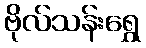
ဗိုလ်သန်းရွှေ